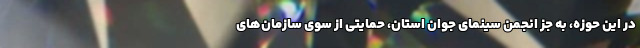
در این حوزه، به جز انجمن سینمای جوان استان، حمایتی از سوی سازمان‌های